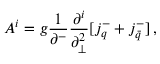
A ^ { i } = g \frac { 1 } { \partial ^ { - } } \frac { \partial ^ { i } } { \partial _ { \perp } ^ { 2 } } [ j _ { q } ^ { - } + j _ { \bar { q } } ^ { - } ] \, ,